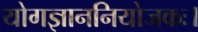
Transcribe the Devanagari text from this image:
योगज्ञाननियोजकः।